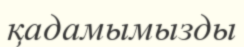
қадамымызды